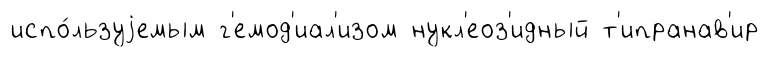
испо́льзуjемым г'емод'иал'изом нукл'еоз'идный т'ипранав'ир